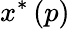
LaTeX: x^{\ast}\left(p\right)